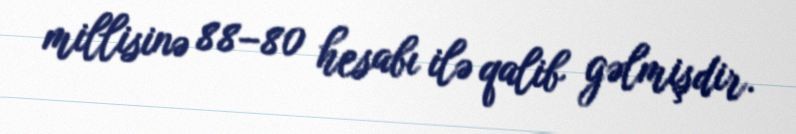
millisinə 88–80 hesabı ilə qalib gəlmişdir.